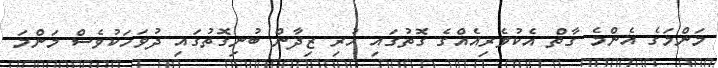
މަންމަގެ އެންމެ ގާތް އެކުވެރިއެއްގެ ގޮތުގައި ހުރި ޒިދާން ބުނިގޮތުގައި ދުވަހަކުވެސް މަންމަ